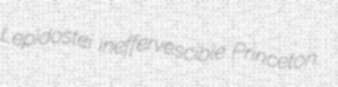
Lepidostei ineffervescible Princeton